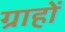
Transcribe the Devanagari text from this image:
ग्राहों